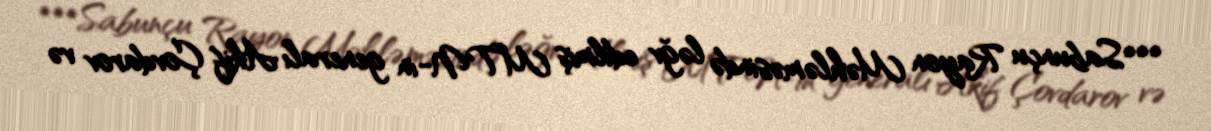
***Sabunçu Rayon Məhləməsində ləğv edilmiş MTN-in generalı Akif Çovdarov və